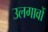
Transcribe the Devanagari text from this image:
उलगावों